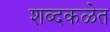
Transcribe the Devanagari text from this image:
शब्दकळेत